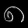
Digit: ၈